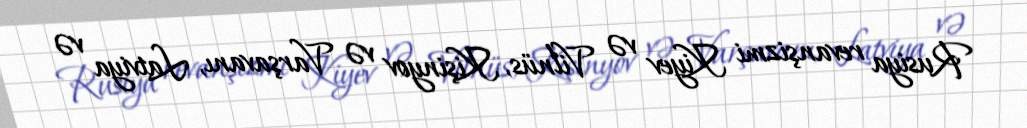
Rusiya revanşizmi Kiyev və Vilnüs, Kişinyov və Varşavanı, Latviya və